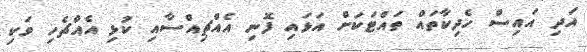
އަދި އައިސް ހެދިކާތައް ތައްޓަކަށް އަޅައި ފޮނި އެއްޗިއްސާއި ކުޅި އެއްޗެހި ވަކި